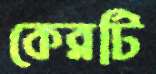
কেব্লটি